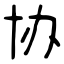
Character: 协